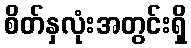
စိတ်နှလုံးအတွင်းရှိ